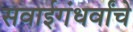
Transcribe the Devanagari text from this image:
सवाईगंधर्वांचे